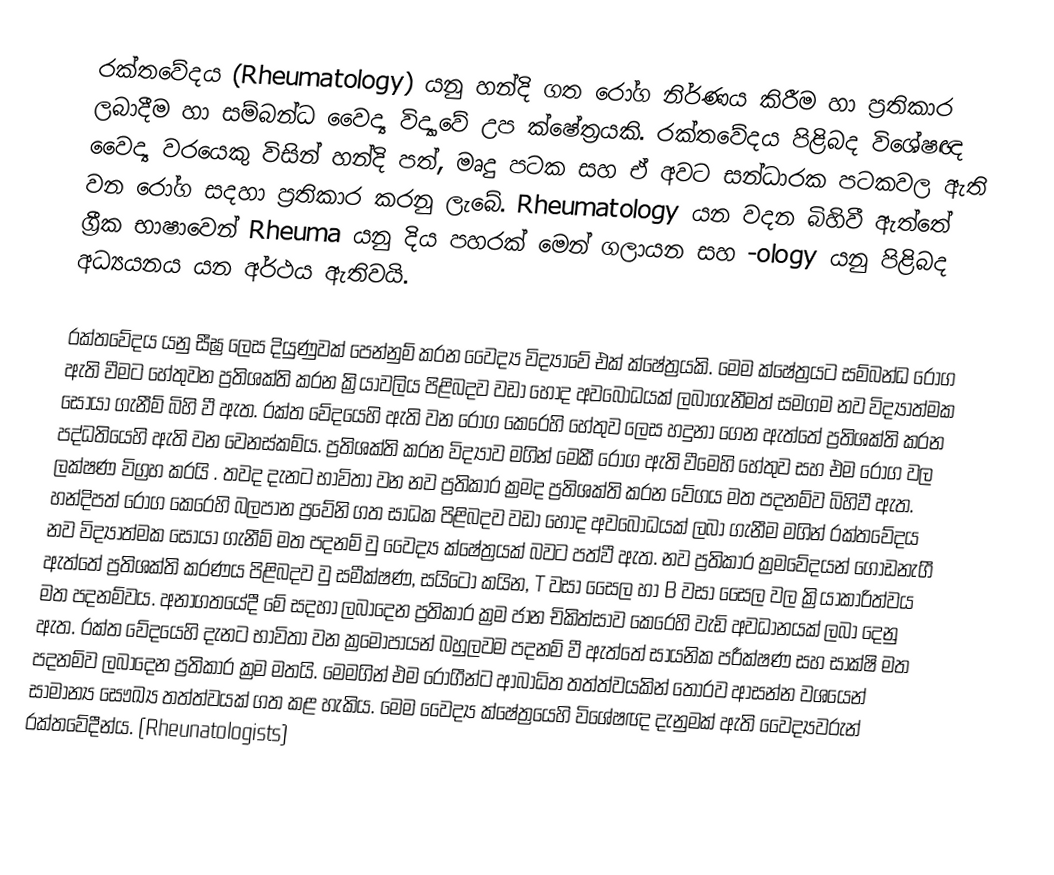
රක්තවේදය (Rheumatology) යනු හන්දි ගත රෝග නිර්ණය කිරීම හා ප්‍රතිකාර ලබාදීම හා සම්බන්ධ වෛද්‍ය විද්‍යාවේ උප ක්ෂේත්‍රයකි.  රක්තවේදය පිළිබද විශේෂඥ වෛද්‍ය වරයෙකු විසින් හන්දි පත්, මෘදු පටක සහ ඒ අවට සන්ධාරක පටකවල ඇති වන රො‍්ග සදහා ප්‍රතිකාර කරනු ලැබේ. Rheumatology යන වදන බිහිවී ඇත්තේ ග්‍රීක භාෂාවෙන් Rheuma යනු දිය පහරක් මෙන් ගලායන සහ -ology  යනු පිළිබද අධ්‍යයනය යන අර්ථය ඇතිවයි.

රක්තවේදය යනු සීඝ්‍ර ලෙස දියුණුවක් පෙන්නුම් කරන වෛද්‍ය විද්‍යාවේ එක් ක්ෂේත්‍රයකි. මෙම ක්ෂේත්‍රය‍ට සම්බන්ධ රෝග ඇති වීමට හේතුවන ප්‍රතිශක්ති කරන ක්‍රියාවලිය පිළිබදව වඩා හොද අවබෝධයක් ලබාගැනීමත් සමගම නව විද්‍යාත්මක සොයා ගැනීම් බිහි වී ඇත. රක්ත වේදයෙහි ඇති වන රෝග කෙරෙහි හේතුව ලෙස හදුනා ගෙන ඇත්තේ ප්‍රතිශක්ති කරන පද්ධතියෙහි ඇති වන වෙනස්කම්ය. ප්‍රතිශක්ති කරන විද්‍යාව මගින් මෙකී රෝග ඇති වීමෙහි හේතුව සහ එම රෝග වල ලක්ෂණ විග්‍රහ කරයි . තවද දැනට භාවිතා වන නව ප්‍රතිකාර ක්‍රමද ප්‍රතිශක්ති කරන වේගය මත පදනම්ව බිහිවී ඇත. හන්දිපත් රෝග කෙරෙහි බලපාන ප්‍රවේනි ගත සාධක පිළිබදව වඩා හොද අවබෝධයක් ලබා ගැනීම මගින් රක්තවේදය නව විද්‍යාත්මක සොයා ගැනීම් මත පදනම් වු වෛද්‍ය ක්ෂේත්‍රයක් බවට පත්වී ඇත. නව ප්‍රතිකාර ක්‍රමවේදයන් ගොඩනැගී ඇත්තේ ප්‍රතිශක්ති කරණය පිළිබදව වු සමීක්ෂණ, සයිටෝ කයින, T වසා සෛල හා B වසා සෛල වල ක්‍රියාකාරිත්වය මත පදනම්වය. අනාගතයේදී මේ සදහා ලබාදෙන ප්‍රතිකාර ක්‍රම ජාන චිකිත්සාව කෙරෙහි වැඩි අවධානයක් ලබා දෙනු ඇත. රක්ත වේදයෙහි දැනට භාවිතා වන ක්‍රමෝපායන් බහුලවම පදනම් වී ඇත්තේ සායනික පරීක්ෂණ සහ සාක්ෂි මත පදනම්ව ලබ‍ාදෙන ප්‍රතිකාර ක්‍රම මතයි. මෙමගින් එම රෝගීන්ට ආබාධිත තත්ත්වයකින් තොරව ආසන්න වශයෙන් සාමාන්‍ය සෞඛ්‍ය තත්ත්වයක් ගත කළ හැකිය. මෙම වෛද්‍ය ක්ෂේත්‍රයෙහි විශේෂඥ දැනුමක් ඇති වෛද්‍යවරුන් රක්තවේදීන්ය. (Rheunatologists)